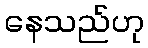
နေသည်ဟု